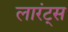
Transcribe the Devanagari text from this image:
लारंट्स